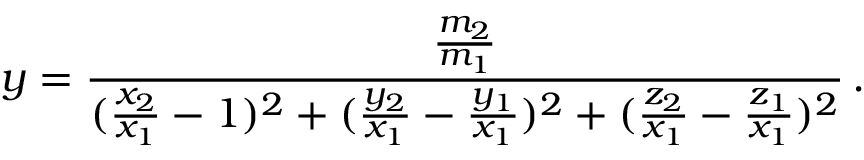
y = \frac { \frac { m _ { 2 } } { m _ { 1 } } } { ( \frac { x _ { 2 } } { x _ { 1 } } - 1 ) ^ { 2 } + ( \frac { y _ { 2 } } { x _ { 1 } } - \frac { y _ { 1 } } { x _ { 1 } } ) ^ { 2 } + ( \frac { z _ { 2 } } { x _ { 1 } } - \frac { z _ { 1 } } { x _ { 1 } } ) ^ { 2 } } \, .